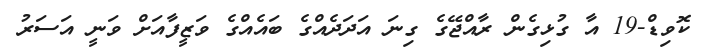
ކޮވިޑް-19 އާ ގުޅިގެން ރާއްޖޭގެ ގިނަ އަދަދެއްގެ ބައެއްގެ ވަޒީފާއަށް ވަނީ އަސަރު